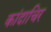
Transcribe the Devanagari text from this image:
कांदाचिर